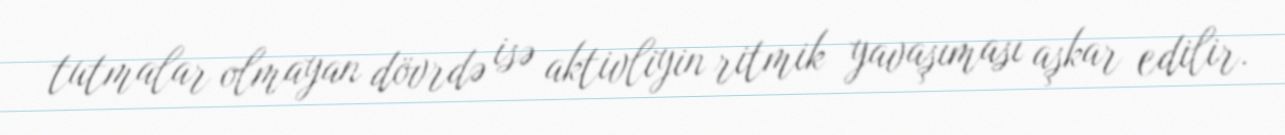
tutmalar olmayan dövrdə isə aktivliyin ritmik yavaşıması aşkar edilir.